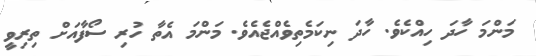
މަންމަ ހާދަ ހިއްކެވެ. ހާދަ ނިކަމެތިވެއްޖެއެވެ. މަންމަ އެތާ ހުރި ސޯފާއަށް ތިރިވީ